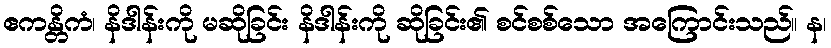
ဧကန္တိကံ၊ နိဒါန်းကို မဆိုခြင်း နိဒါန်းကို ဆိုခြင်း၏ စင်စစ်သော အကြောင်းသည်။ န၊